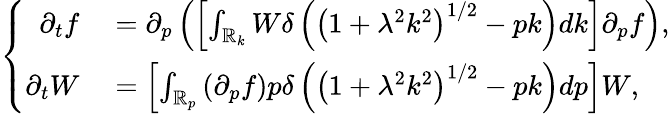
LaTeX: \left\{ \begin{array}{rl}{\partial_{t}f}&{{}=\partial_{p}\left(\left[\int_{\mathbb{R}_{k}}W\delta\left(\left(1+\lambda^{2}k^{2}\right)^{1/2}-pk\right)dk\right]\partial_{p}f\right),}\\ {\partial_{t}W}&{{}=\left[\int_{\mathbb{R}_{p}}\left(\partial_{p}f\right)p\delta\left(\left(1+\lambda^{2}k^{2}\right)^{1/2}-pk\right)dp\right]W,}\end{array}\right.